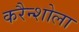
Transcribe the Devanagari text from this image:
करैन्शोला